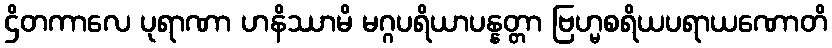
ဌိတကာလေ ပုရာဏာ ဟနိဿာမိ မဂ္ဂပရိယာပန္နတ္တာ ဗြဟ္မစရိယပရာယဏောတိ